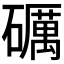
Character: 礪